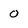
Character: O